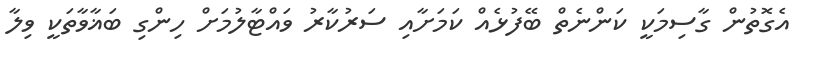
އެގޮތުން ގާސިމަކީ ކަންނެތް ބޭފުޅެއް ކަމަށާއި ސަރުކާރު ވައްޓާލުމަށް ހިންގި ބަޣާވާތަކީ ވިލާ